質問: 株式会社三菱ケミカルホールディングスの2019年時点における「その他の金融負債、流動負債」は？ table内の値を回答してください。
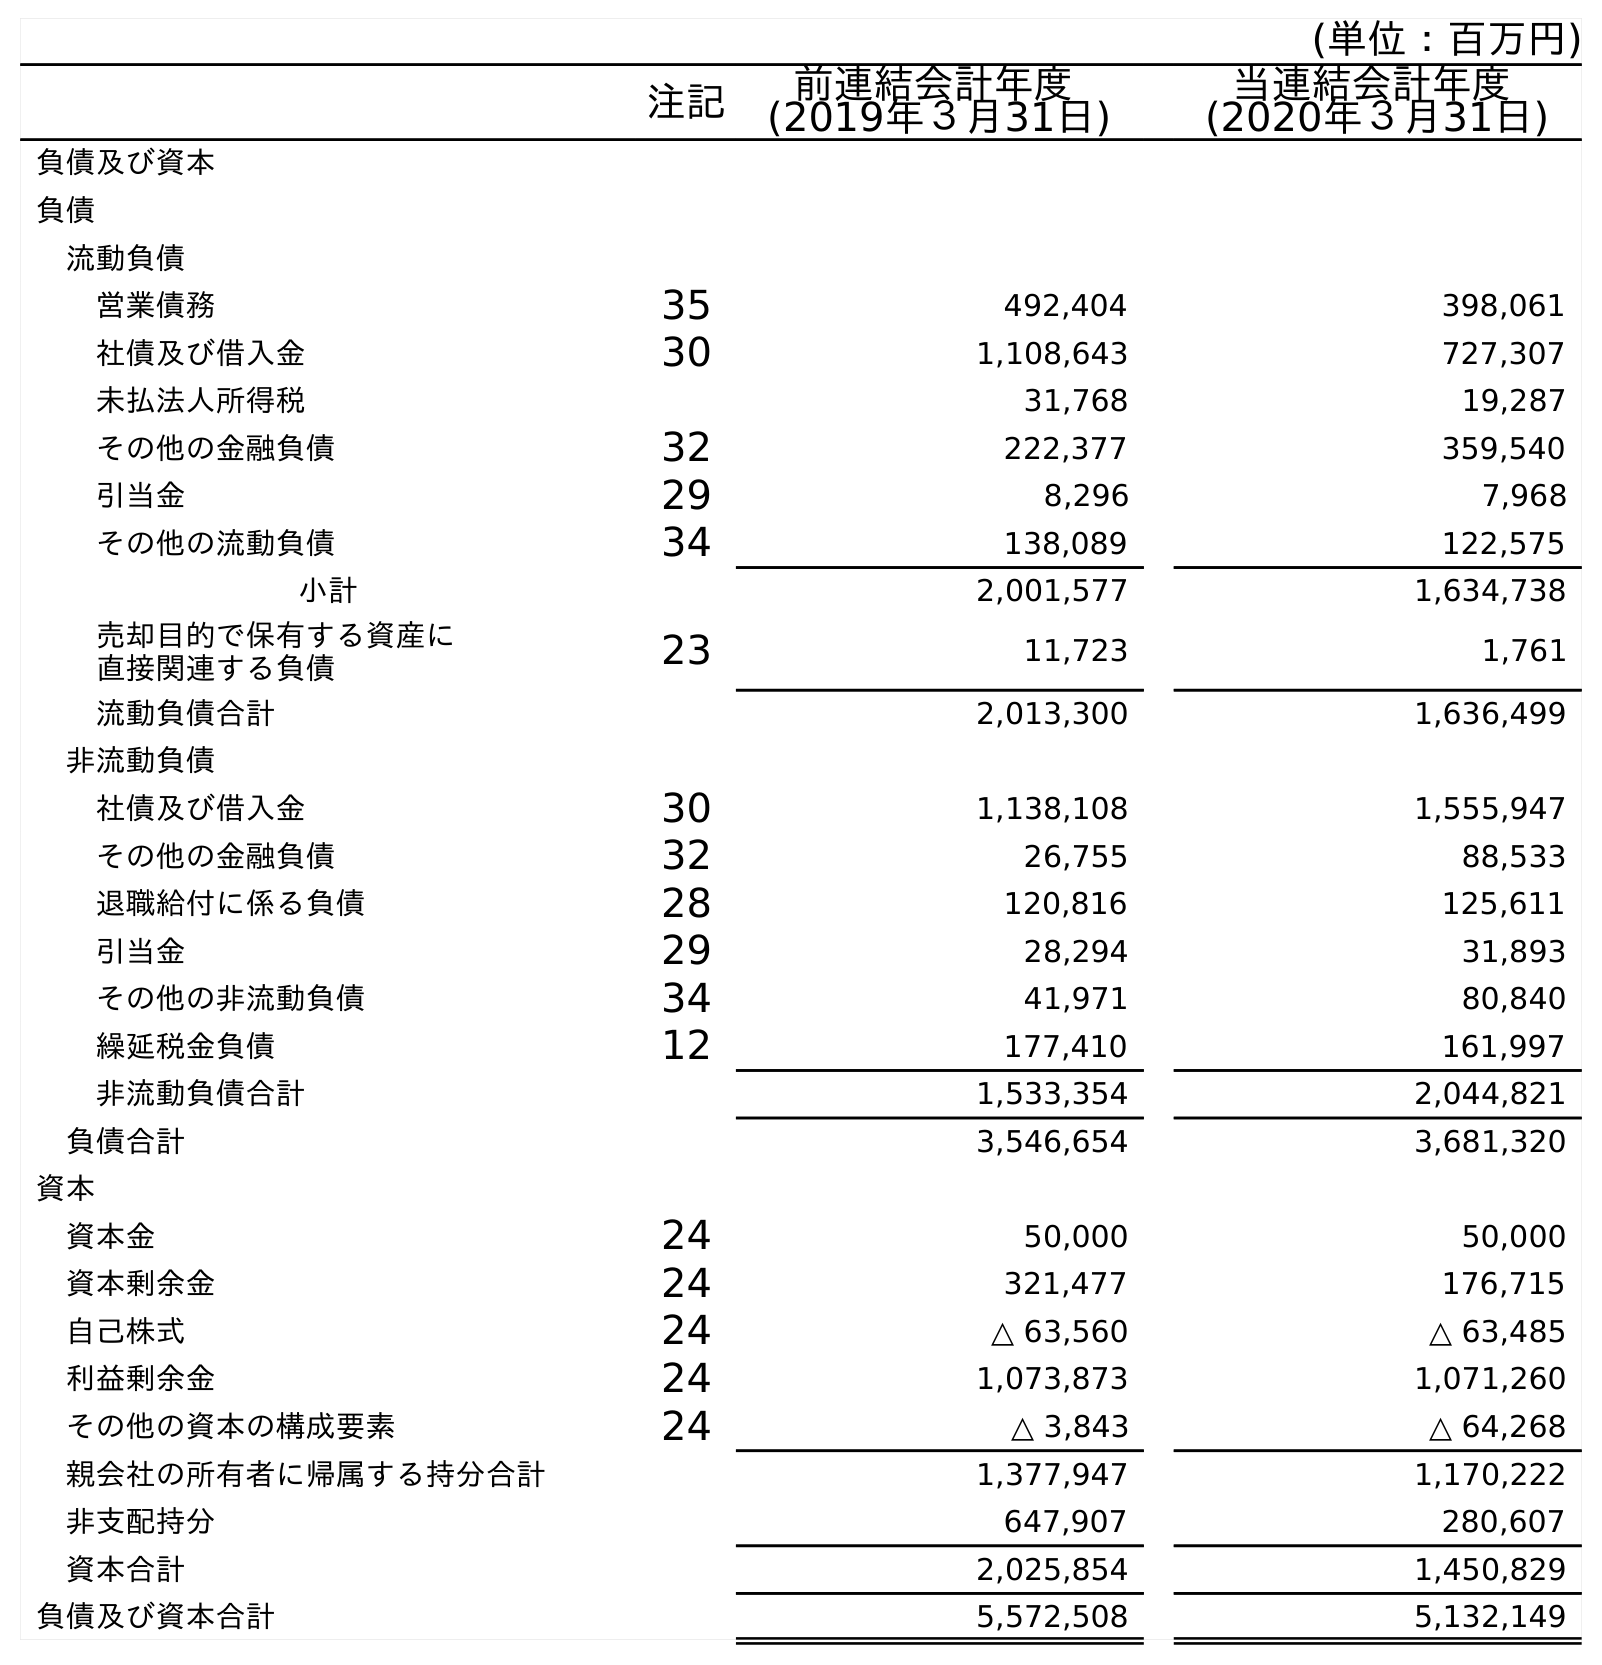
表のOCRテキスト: (単位：百万円) 注記 前連結会計年度 (2019年３月31日) 当連結会計年度 (2020年３月31日) 負債及び資本 負債 流動負債 営業債務 35 492,404 398,061 社債及び借入金 30 1,108,643 727,307 未払法人所得税 31,768 19,287 その他の金融負債 32 222,377 359,540 引当金 29 8,296 7,968 その他の流動負債 34 138,089 122,575 小計 2,001,577 1,634,738 売却目的で保有する資産に 直接関連する負債 23 11,723 1,761 流動負債合計 2,013,300 1,636,499 非流動負債 社債及び借入金 30 1,138,108 1,555,947 その他の金融負債 32 26,755 88,533 退職給付に係る負債 28 120,816 125,611 引当金 29 28,294 31,893 その他の非流動負債 34 41,971 80,840 繰延税金負債 12 177,410 161,997 非流動負債合計 1,533,354 2,044,821 負債合計 3,546,654 3,681,320 資本 資本金 24 50,000 50,000 資本剰余金 24 321,477 176,715 自己株式 24 △ 63,560 △ 63,485 利益剰余金 24 1,073,873 1,071,260 その他の資本の構成要素 24 △ 3,843 △ 64,268 親会社の所有者に帰属する持分合計 1,377,947 1,170,222 非支配持分 647,907 280,607 資本合計 2,025,854 1,450,829 負債及び資本合計 5,572,508 5,132,149
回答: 222,377